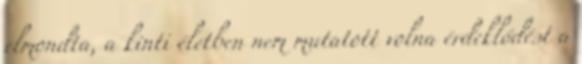
elmondta, a kinti életben nem mutatott volna érdeklődést a